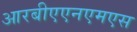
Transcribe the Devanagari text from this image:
आरबीएएनएमएस